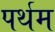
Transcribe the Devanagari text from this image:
पर्थम